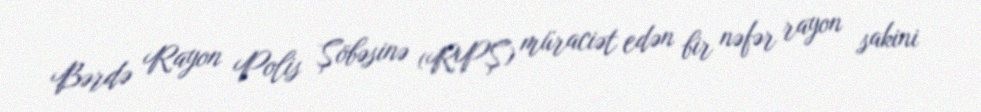
Bərdə Rayon Polis Şöbəsinə (RPŞ) müraciət edən bir nəfər rayon sakini